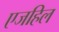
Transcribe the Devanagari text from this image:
एजहिल